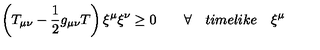
\left( T _ { \mu \nu } - \frac { 1 } { 2 } g _ { \mu \nu } T \right) { \xi } ^ { \mu } { \xi } ^ { \nu } \ge 0 \qquad \forall \quad t i m e l i k e \quad { \xi } ^ { \mu }